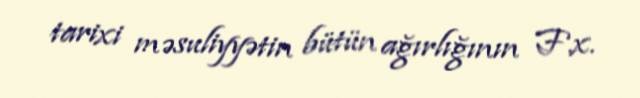
tarixi məsuliyyətin bütün ağırlığının F.x.